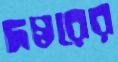
দপ্তরের